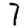
Digit: 7